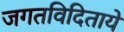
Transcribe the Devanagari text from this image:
जगतविदिताये